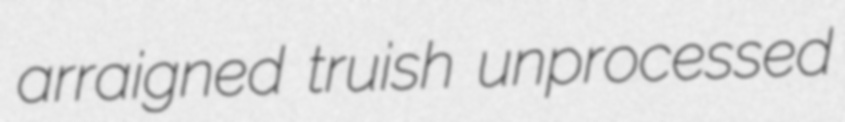
arraigned truish unprocessed